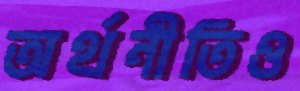
অর্থনীতিও